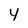
Character: y